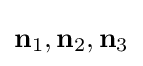
\mathbf {n} _{1},\mathbf {n} _{2},\mathbf {n} _{3}